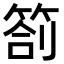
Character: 箚